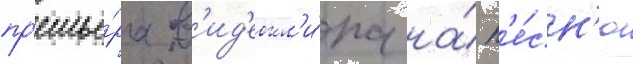
пр'емье́ра в'ид'еокл'и́па на́ п'е́сн'ю